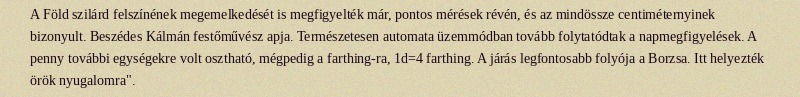
A Föld szilárd felszínének megemelkedését is megfigyelték már, pontos mérések révén, és az mindössze centiméternyinek bizonyult. Beszédes Kálmán festőművész apja. Természetesen automata üzemmódban tovább folytatódtak a napmegfigyelések. A penny további egységekre volt osztható, mégpedig a farthing-ra, 1d=4 farthing. A járás legfontosabb folyója a Borzsa. Itt helyezték örök nyugalomra".